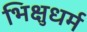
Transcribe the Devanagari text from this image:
भिक्षुधर्म